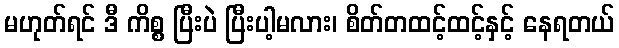
မဟုတ်ရင် ဒီ ကိစ္စ ပြီးပဲ ပြီးပါ့မလား၊ စိတ်တထင့်ထင့်နှင့် နေရတယ်